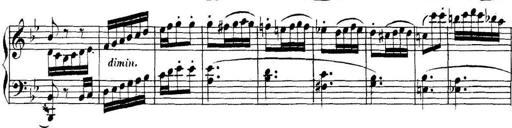
Title: Collected Piano Sonatas
Composer: Muzio Clementi